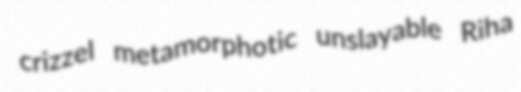
crizzel metamorphotic unslayable Riha